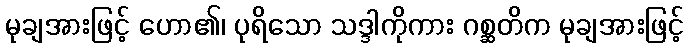
မုချအားဖြင့် ဟော၏၊ ပုရိသော သဒ္ဒါကိုကား ဂစ္ဆတိက မုချအားဖြင့်